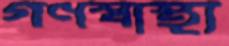
গণস্বাস্থ্য